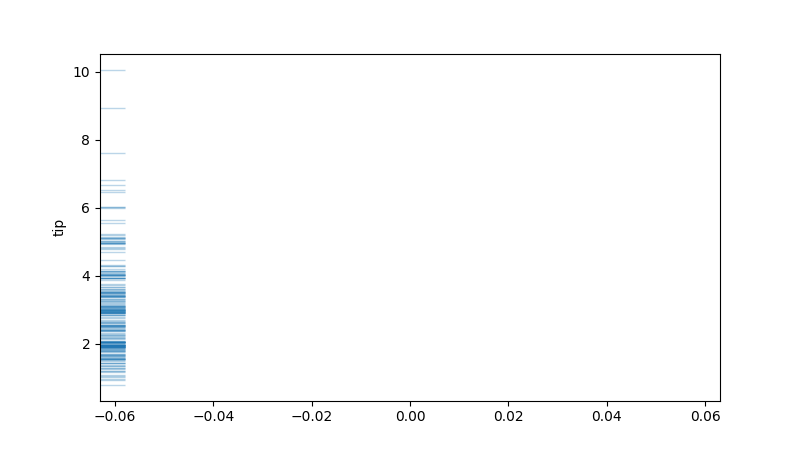
python, seaborn, rugplot, height=0.04, axis='y', alpha=0.3